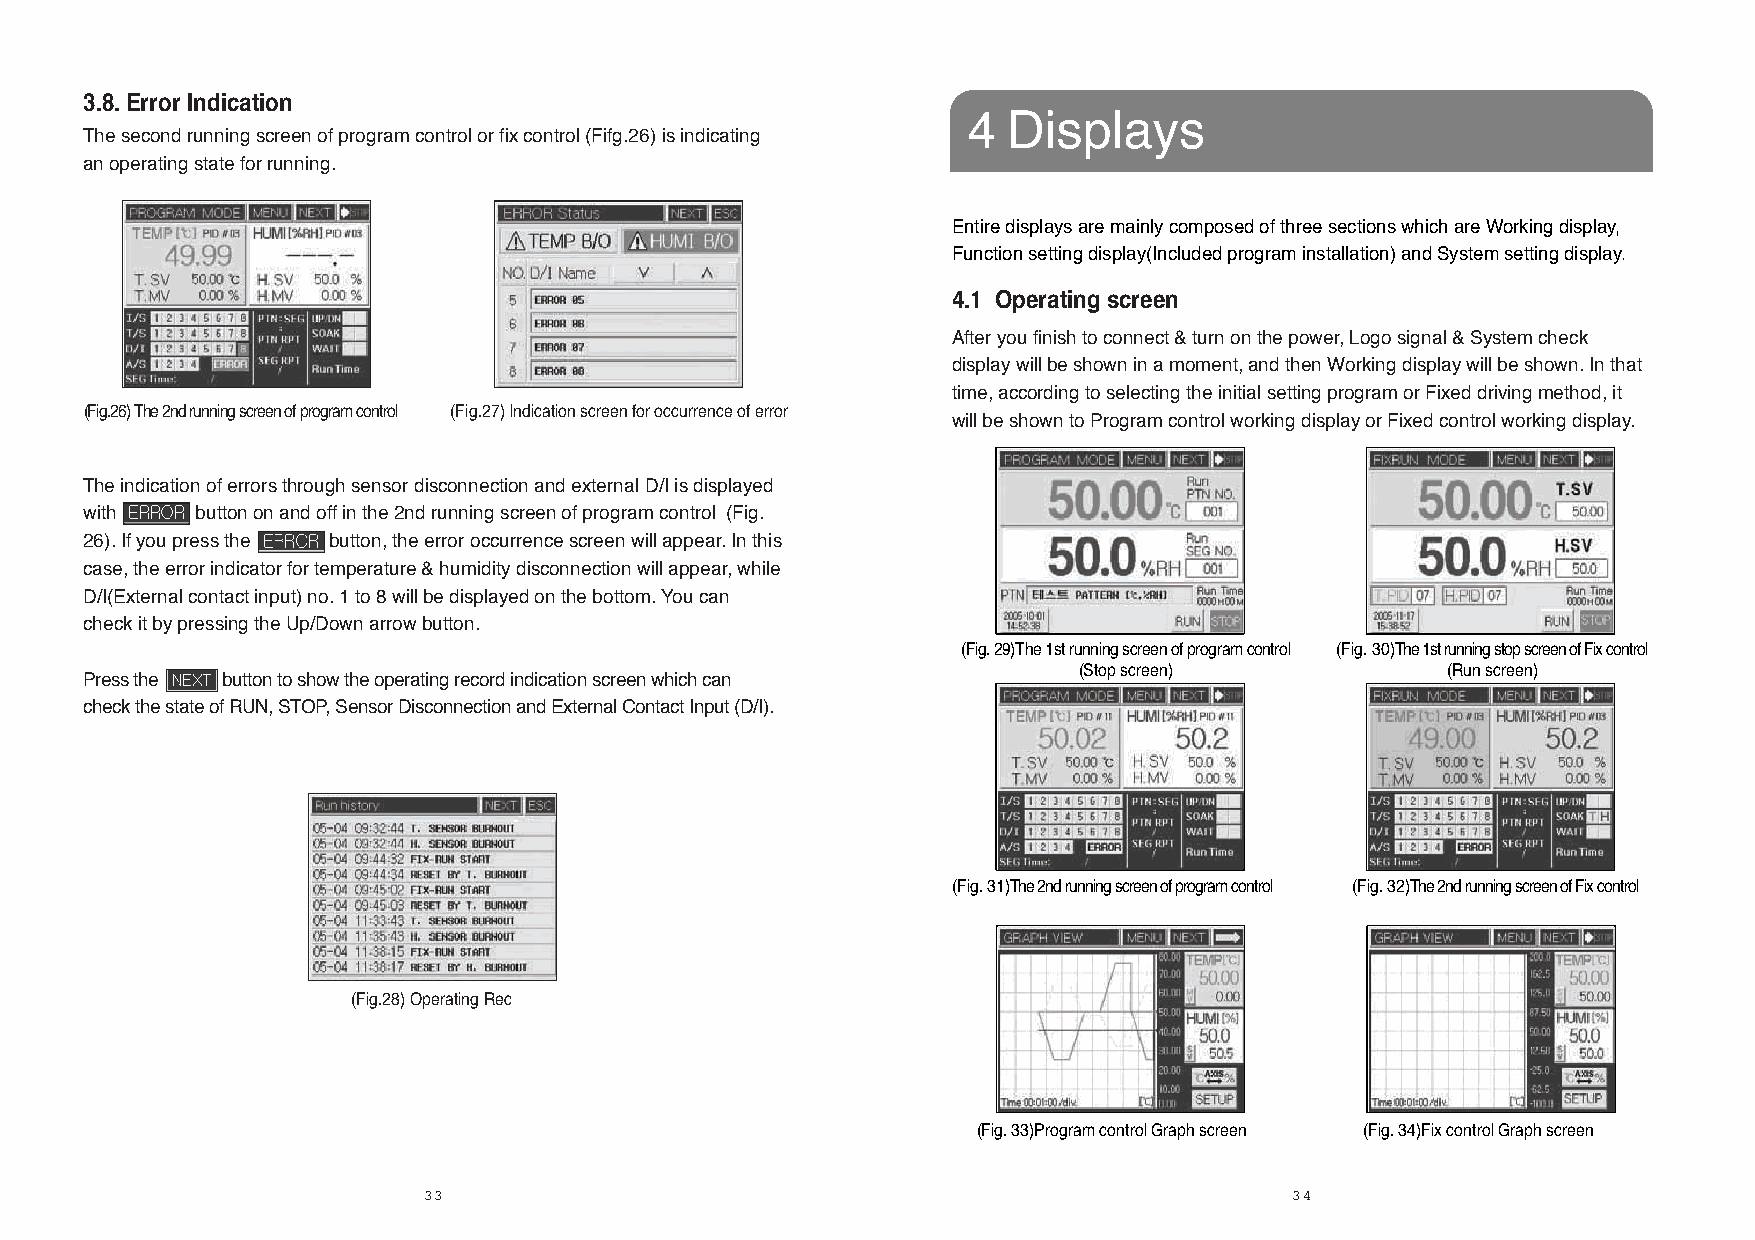
3.8. Error Indication
 4  Displays
 The second running screen of program control or fix control (Fifg.26) is indicating
 an operating state for running.
 Entire displays are mainly composed of three sections which are Working display,
 Function setting display(Included program installation) and System setting display.
 4.1 Operating screen
 After you finish to connect & turn on the power, Logo signal & System check
 display will be shown in a moment, and then Working display will be shown. In that
 time, according to selecting the initial setting program or Fixed driving method, it
 (Fig.26) The 2nd running screen of program control (Fig.27) Indication screen for occurrence of error
 will be shown to Program control working display or Fixed control working display.
 The indication of errors through sensor disconnection and external D/I is displayed
 with   button on and off in the 2nd running screen of program control (Fig.
 26). If you press the button, the error occurrence screen will appear. In this
 case, the error indicator for temperature & humidity disconnection will appear, while
 D/I(External contact input) no. 1 to 8 will be displayed on the bottom. You can
 check it by pressing the Up/Down arrow button.
 (Fig. 29)The 1st running screen of program control (Fig. 30)The 1st running stop screen of Fix control
 (Stop screen)            (Run screen)
 Press the button to show the operating record indication screen which can
 check the state of RUN, STOP, Sensor Disconnection and External Contact Input (D/I).
 (Fig. 31)The 2nd running screen of program control (Fig. 32)The 2nd running screen of Fix control
 (Fig.28) Operating Rec
 (Fig. 33)Program control Graph screen (Fig. 34)Fix control Graph screen
 33                                                        34